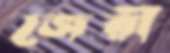
জেরী